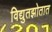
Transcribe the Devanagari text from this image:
विद्युतझोतात